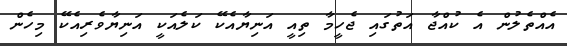
އެއްތެލުން އެ ކުއްޖާ އަތުގައި ޖެހީމާ ތިއީ އަނިޔާއެކޭ ކަލެއަކީ އަނިޔާވެރިއެކޭ މިހެން